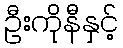
ဦးကိုနီနှင့်